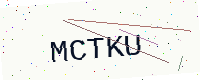
Text: MCTKU